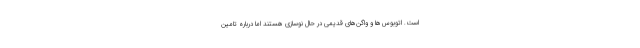
است. اتوبوس‌ها و واگن‌های قدیمی در حال نوسازی هستند اما درباره تامین